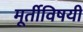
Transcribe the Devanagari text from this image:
मूर्तीविषयी